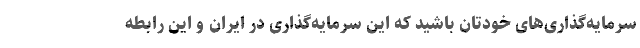
سرمایه‌گذاری‌های خودتان باشید که این سرمایه‌گذاری در ایران و این رابطه